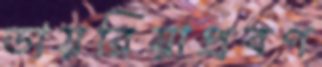
ডায়রিয়াপ্রবণ